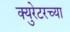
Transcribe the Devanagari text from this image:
क्युरेटरच्या